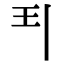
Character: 𩰊